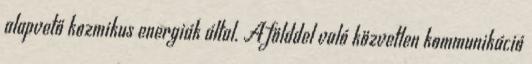
alapvető kozmikus energiák által. A földdel való közvetlen kommunikáció